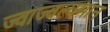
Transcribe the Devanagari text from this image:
ज्वाज्वल्यमान